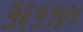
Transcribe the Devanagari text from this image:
५६५१४१